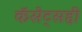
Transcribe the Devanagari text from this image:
कॅसेट्सही